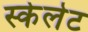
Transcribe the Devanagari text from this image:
स्केलेट